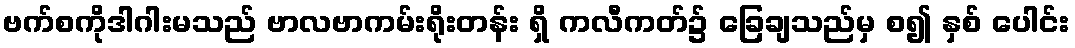
ဗက်စကိုဒါဂါးမသည် ဗာလဗာကမ်းရိုးတန်း ရှိ ကလီကတ်၌ ခြေချသည်မှ စ၍ နှစ် ပေါင်း